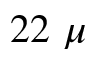
2 2 \ \mu